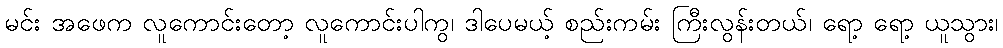
မင်း အဖေက လူကောင်းတော့ လူကောင်းပါကွ၊ ဒါပေမယ့် စည်းကမ်း ကြီးလွန်းတယ်၊ ရော့ ရော့ ယူသွား၊